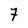
Character: 7